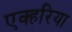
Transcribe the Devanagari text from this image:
एक्हरिया